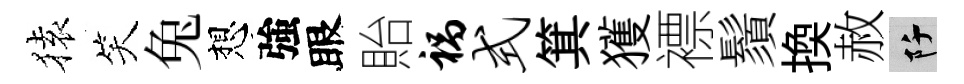
𫞤笑兔想強眼貽祸式箕獲褾鬚換赦阡